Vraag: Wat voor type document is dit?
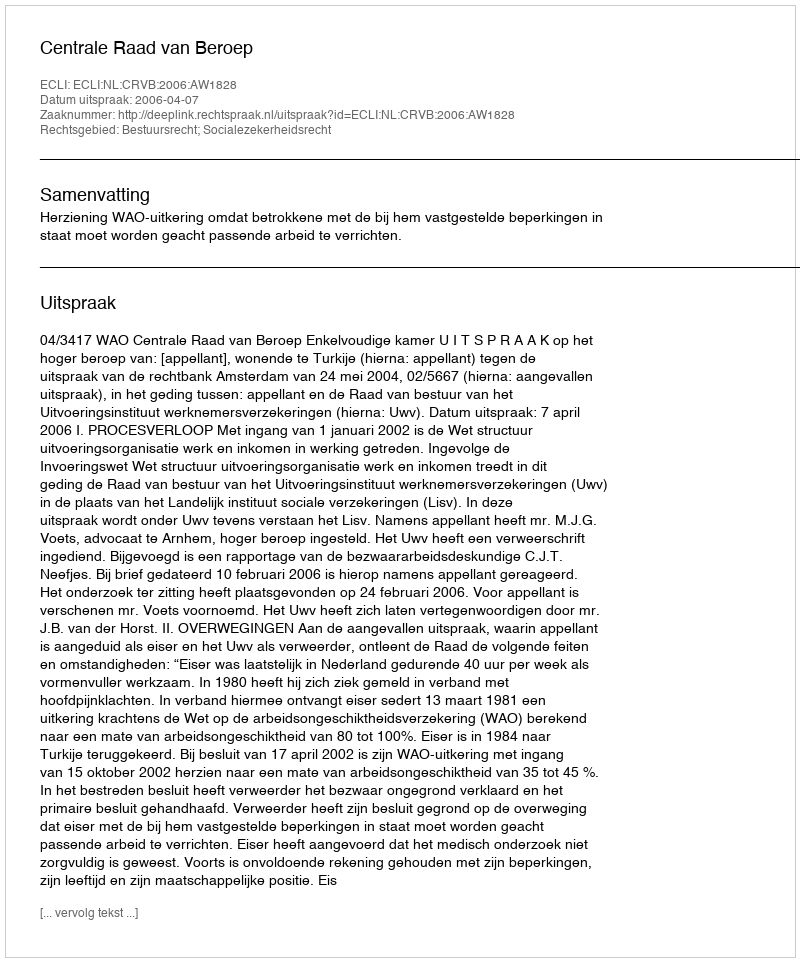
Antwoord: Uitspraak